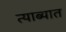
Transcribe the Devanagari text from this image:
त्याब्यात